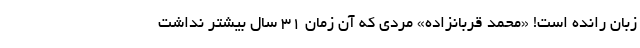
زبان رانده است! «محمد قربانزاده» مردی که آن زمان 31 سال بیشتر نداشت